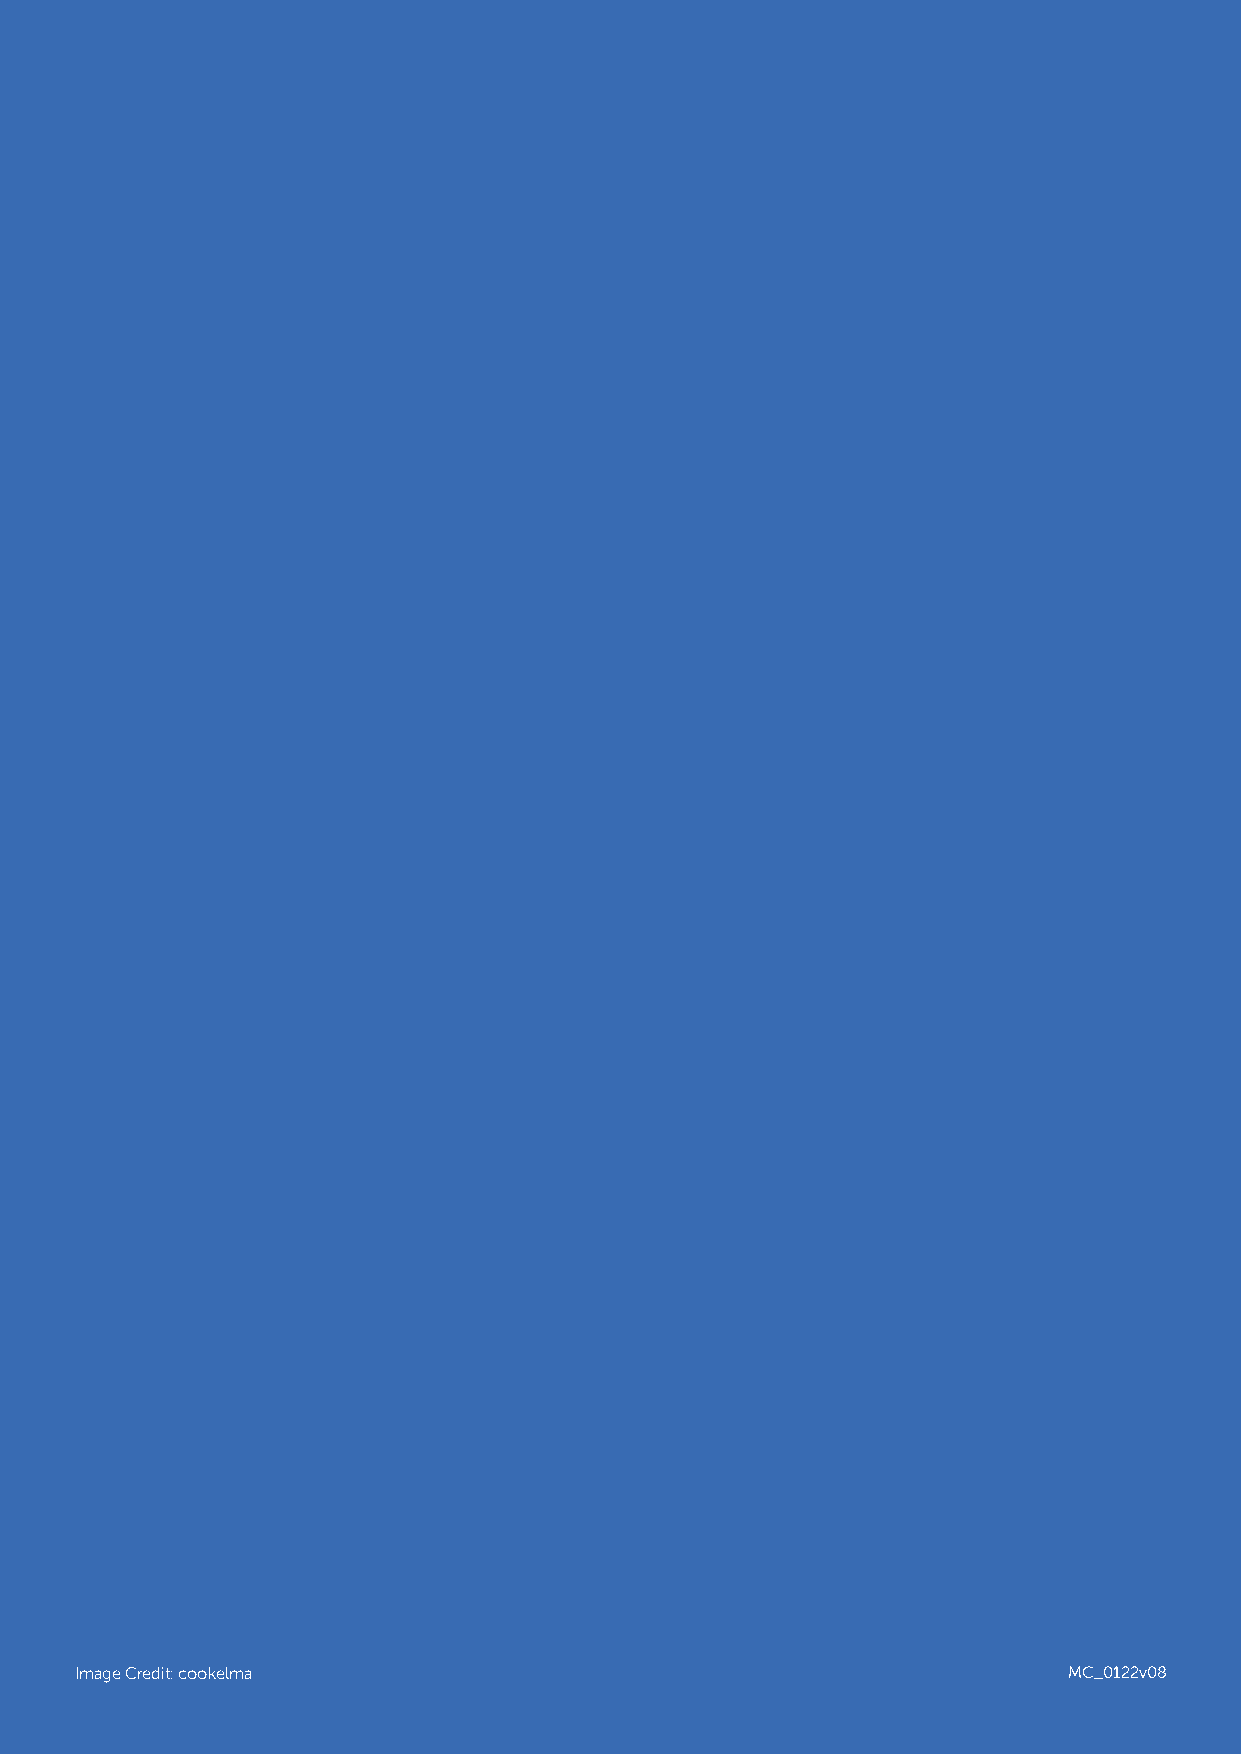
9Image Credit: cookelma                                           MC_0122v08